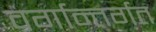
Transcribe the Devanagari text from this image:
वर्गान्तर्गत